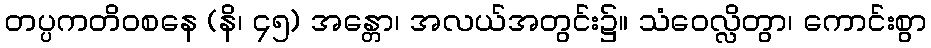
တပ္ပကတိဝစနေ (နိ၊ ၄၅) အန္တော၊ အလယ်အတွင်း၌။ သံဝေလ္လိတွာ၊ ကောင်းစွာ